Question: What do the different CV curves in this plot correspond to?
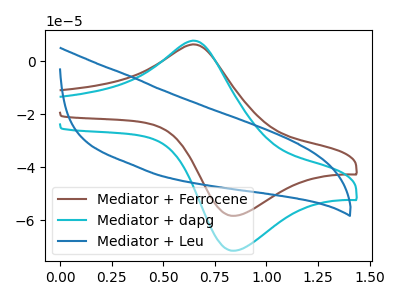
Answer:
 <answer>The brown curve is labeled "Mediator + Ferrocene". The cyan curve is labeled "Mediator + dapg". The blue curve is labeled "Mediator + Leu".</answer>
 <eval></eval>